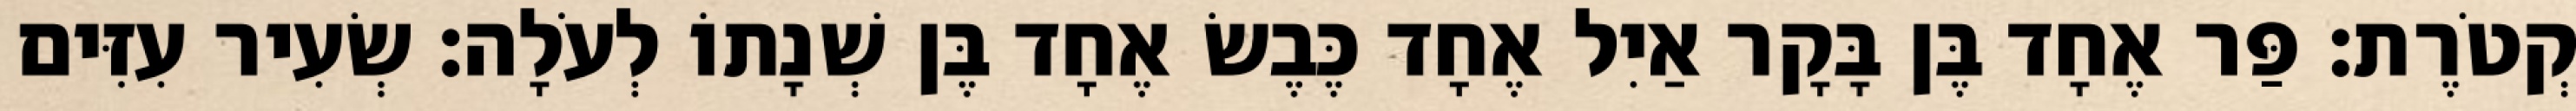
קְטֹרֶת׃ פַּר אֶחָד בֶּן בָּקָר אַיִל אֶחָד כֶּבֶשׂ אֶחָד בֶּן שְׁנָתוֹ לְעֹלָה׃ שְׂעִיר עִזִּים